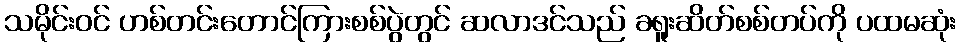
သမိုင်းဝင် ဟစ်တင်းတောင်ကြားစစ်ပွဲတွင် ဆလာဒင်သည် ခရူးဆိတ်စစ်တပ်ကို ပထမဆုံး